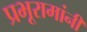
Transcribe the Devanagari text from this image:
प्रभूरामांनी